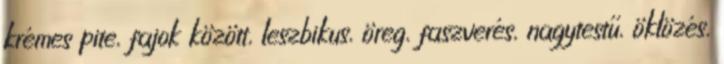
krémes pite, fajok között, leszbikus, öreg, faszverés, nagytestű, öklözés,